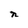
Character: n